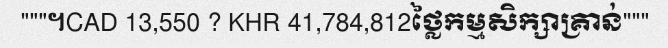
"""។CAD 13,550 ? KHR 41,784,812ថ្លៃកម្មសិក្សាគ្រាន់"""